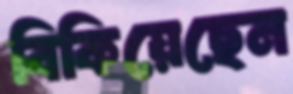
বিকিয়েছেন